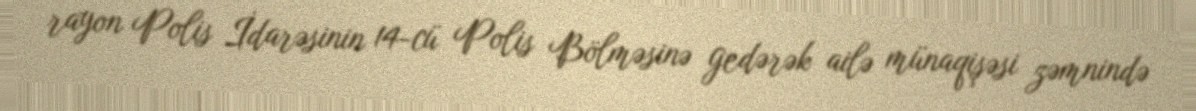
rayon Polis İdarəsinin 14-cü Polis Bölməsinə gedərək ailə münaqişəsi zəmnində